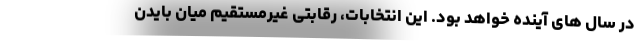
در سال های آینده خواهد بود. این انتخابات، رقابتی غیرمستقیم میان بایدن